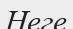
Неге